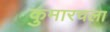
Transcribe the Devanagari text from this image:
कुमारचला